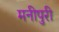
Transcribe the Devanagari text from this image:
मनीपुरी